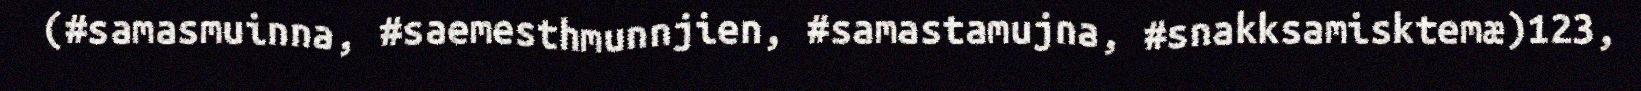
(#samasmuinna, #saemesthmunnjien, #samastamujna, #snakksamisktemæ)123,